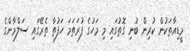
މީޑިއާތަކުން ކުރިން ބުނި ގޮތުގައި މި މަހުގެ ފުރަތަމަ ހަފުތާ ތެރޭގައި ސަލްމާންގެ